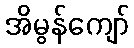
အိမွန်ကျော်